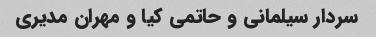
سردار سیلمانی و حاتمی کیا و مهران مدیری